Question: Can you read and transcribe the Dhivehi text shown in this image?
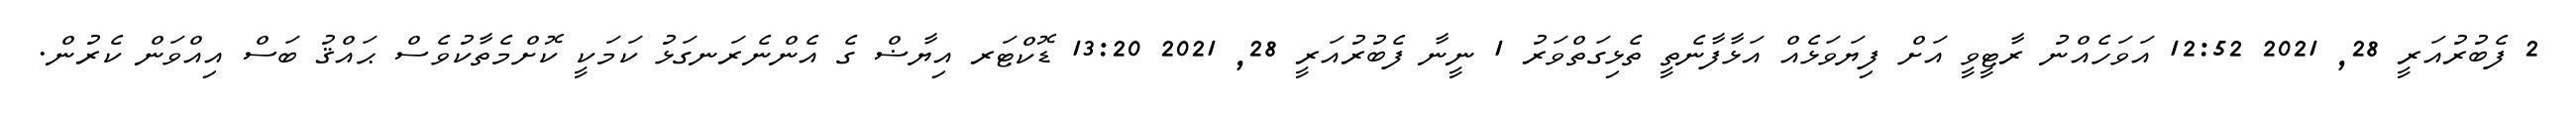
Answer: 2 ފެބުރުއަރީ 28, 2021 12:52 އަވަހެއްނު ރާޓީވީ އަށް ފިޔަވަޅެއް އަޅާފާނެތީ ތެޅިގަތްވަރު 1 ނީނާ ފެބުރުއަރީ 28, 2021 13:20 ޑޮކްޓަރ އިޔާޟް ގެ އެންނެރަނގަޅު ކަމަކީ ކޮށްމެތާކުވެސް ޙައްޤު ބަސް އިއްވަން ކެރުން.